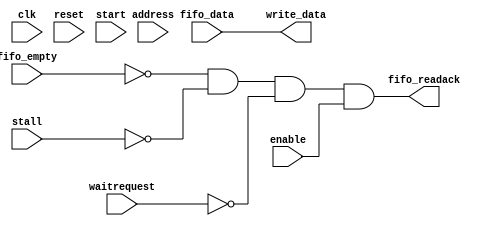
// (C) 2001-2017 Intel Corporation. All rights reserved.
// Your use of Intel Corporation's design tools, logic functions and other 
// software and tools, and its AMPP partner logic functions, and any output 
// files from any of the foregoing (including device programming or simulation 
// files), and any associated documentation or information are expressly subject 
// to the terms and conditions of the Intel Program License Subscription 
// Agreement, Intel FPGA IP License Agreement, or other applicable 
// license agreement, including, without limitation, that your use is for the 
// sole purpose of programming logic devices manufactured by Intel and sold by 
// Intel or its authorized distributors.  Please refer to the applicable 
// agreement for further details.


/*
	This logic recieves registers the byte address of the master when 'start'
	is asserted.  This block then barrelshifts the write data based on the byte
	address to make sure that the input data (from the FIFO) is reformatted to
	line up with memory properly.
	
	The only throttling mechanism in this block is the FIFO not empty signal as
	well as waitreqeust from the fabric.
	
	Revision History:
	
	1.0 Initial version
	
	2.0 Removed 'bytes_to_next_boundary' and using the address to determine how
	    much out of alignment the master begins.

*/


// synthesis translate_off
`timescale 1ns / 1ps
// synthesis translate_on

// turn off superfluous verilog processor warnings 
// altera message_level Level1 
// altera message_off 10034 10035 10036 10037 10230 10240 10030 


module ST_to_MM_Adapter (
  clk,
  reset,

  enable,
  address,
  start,
  waitrequest,
  stall,
  write_data,
  
  fifo_data,
  fifo_empty,
  fifo_readack
);

  parameter DATA_WIDTH = 32;
  parameter BYTEENABLE_WIDTH_LOG2 = 2;
  parameter ADDRESS_WIDTH = 32;
  parameter UNALIGNED_ACCESS_ENABLE = 0;  // when set to 0 this block will be a pass through (save on resources when unaligned accesses are not needed)
  localparam BYTES_TO_NEXT_BOUNDARY_WIDTH = BYTEENABLE_WIDTH_LOG2 + 1;  // 2, 3, 4, 5, 6 for byte enable widths of 2, 4, 8, 16, 32

  input clk;
  input reset;
  
  input enable;  // must make sure that the adapter doesn't accept data when a transfer it doesn't know what "bytes_to_transfer" is yet
  input [ADDRESS_WIDTH-1:0] address;
  input start;   // one cycle strobe at the start of a transfer used to determine bytes_to_transfer
  input waitrequest;
  input stall;
  output wire [DATA_WIDTH-1:0] write_data;

  input [DATA_WIDTH-1:0] fifo_data;
  input fifo_empty;
  output wire fifo_readack;
  

  wire [BYTES_TO_NEXT_BOUNDARY_WIDTH-1:0] bytes_to_next_boundary;  
  wire [DATA_WIDTH-1:0] barrelshifter_A;
  wire [DATA_WIDTH-1:0] barrelshifter_B;
  reg [DATA_WIDTH-1:0] barrelshifter_B_d1;
  wire [DATA_WIDTH-1:0] combined_word;  // bitwise OR between barrelshifter_A and barrelshifter_B (each has zero padding so that bytelanes don't overlap)
  wire [BYTES_TO_NEXT_BOUNDARY_WIDTH-2:0] bytes_to_next_boundary_minus_one;  // simplifies barrelshifter select logic
  reg [BYTES_TO_NEXT_BOUNDARY_WIDTH-2:0] bytes_to_next_boundary_minus_one_d1;
  wire [DATA_WIDTH-1:0] barrelshifter_input_A [0:((DATA_WIDTH/8)-1)];  // will be used to create barrelshifter_A inputs
  wire [DATA_WIDTH-1:0] barrelshifter_input_B [0:((DATA_WIDTH/8)-1)];  // will be used to create barrelshifter_B inputs




  always @ (posedge clk or posedge reset)
  begin
    if (reset)
    begin
      bytes_to_next_boundary_minus_one_d1 <= 0;
    end
    else if (start)
    begin
      bytes_to_next_boundary_minus_one_d1 <= bytes_to_next_boundary_minus_one;
    end
  end


  always @ (posedge clk or posedge reset)
  begin
    if (reset)
    begin
      barrelshifter_B_d1 <= 0;
    end
    else
    begin
      if (start == 1)
      begin
        barrelshifter_B_d1 <= 0;
      end
      else if (fifo_readack == 1)
      begin
        barrelshifter_B_d1 <= barrelshifter_B;
      end
    end
  end


  assign bytes_to_next_boundary = (DATA_WIDTH/8) - address[BYTEENABLE_WIDTH_LOG2-1:0];  // bytes per word - unaligned byte offset = distance to next boundary
  assign bytes_to_next_boundary_minus_one = bytes_to_next_boundary - 1;
  assign combined_word = barrelshifter_A | barrelshifter_B_d1;

generate
genvar input_offset;
for(input_offset = 0; input_offset < (DATA_WIDTH/8); input_offset = input_offset + 1)
begin:  barrel_shifter_inputs
  assign barrelshifter_input_A[input_offset] = fifo_data << (8 * ((DATA_WIDTH/8)-(input_offset+1)));
  assign barrelshifter_input_B[input_offset] = fifo_data >> (8 * (input_offset + 1));
end
endgenerate

  assign barrelshifter_A = barrelshifter_input_A[bytes_to_next_boundary_minus_one_d1];
  assign barrelshifter_B = barrelshifter_input_B[bytes_to_next_boundary_minus_one_d1];
  
generate
if (UNALIGNED_ACCESS_ENABLE == 1)
begin
  assign fifo_readack = (fifo_empty == 0) & (stall == 0) & (waitrequest == 0) & (enable == 1) & (start == 0);
  assign write_data = combined_word;
end
else
begin
  assign fifo_readack = (fifo_empty == 0) & (stall == 0) & (waitrequest == 0) & (enable == 1);
  assign write_data = fifo_data;
end
endgenerate

endmodule